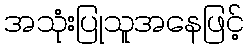
အသုံးပြုသူအနေဖြင့်